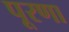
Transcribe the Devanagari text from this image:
पूरणा